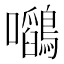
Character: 𭍉